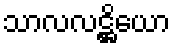
သာလလဋ္ဌိယော